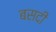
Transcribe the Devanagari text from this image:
बसदी